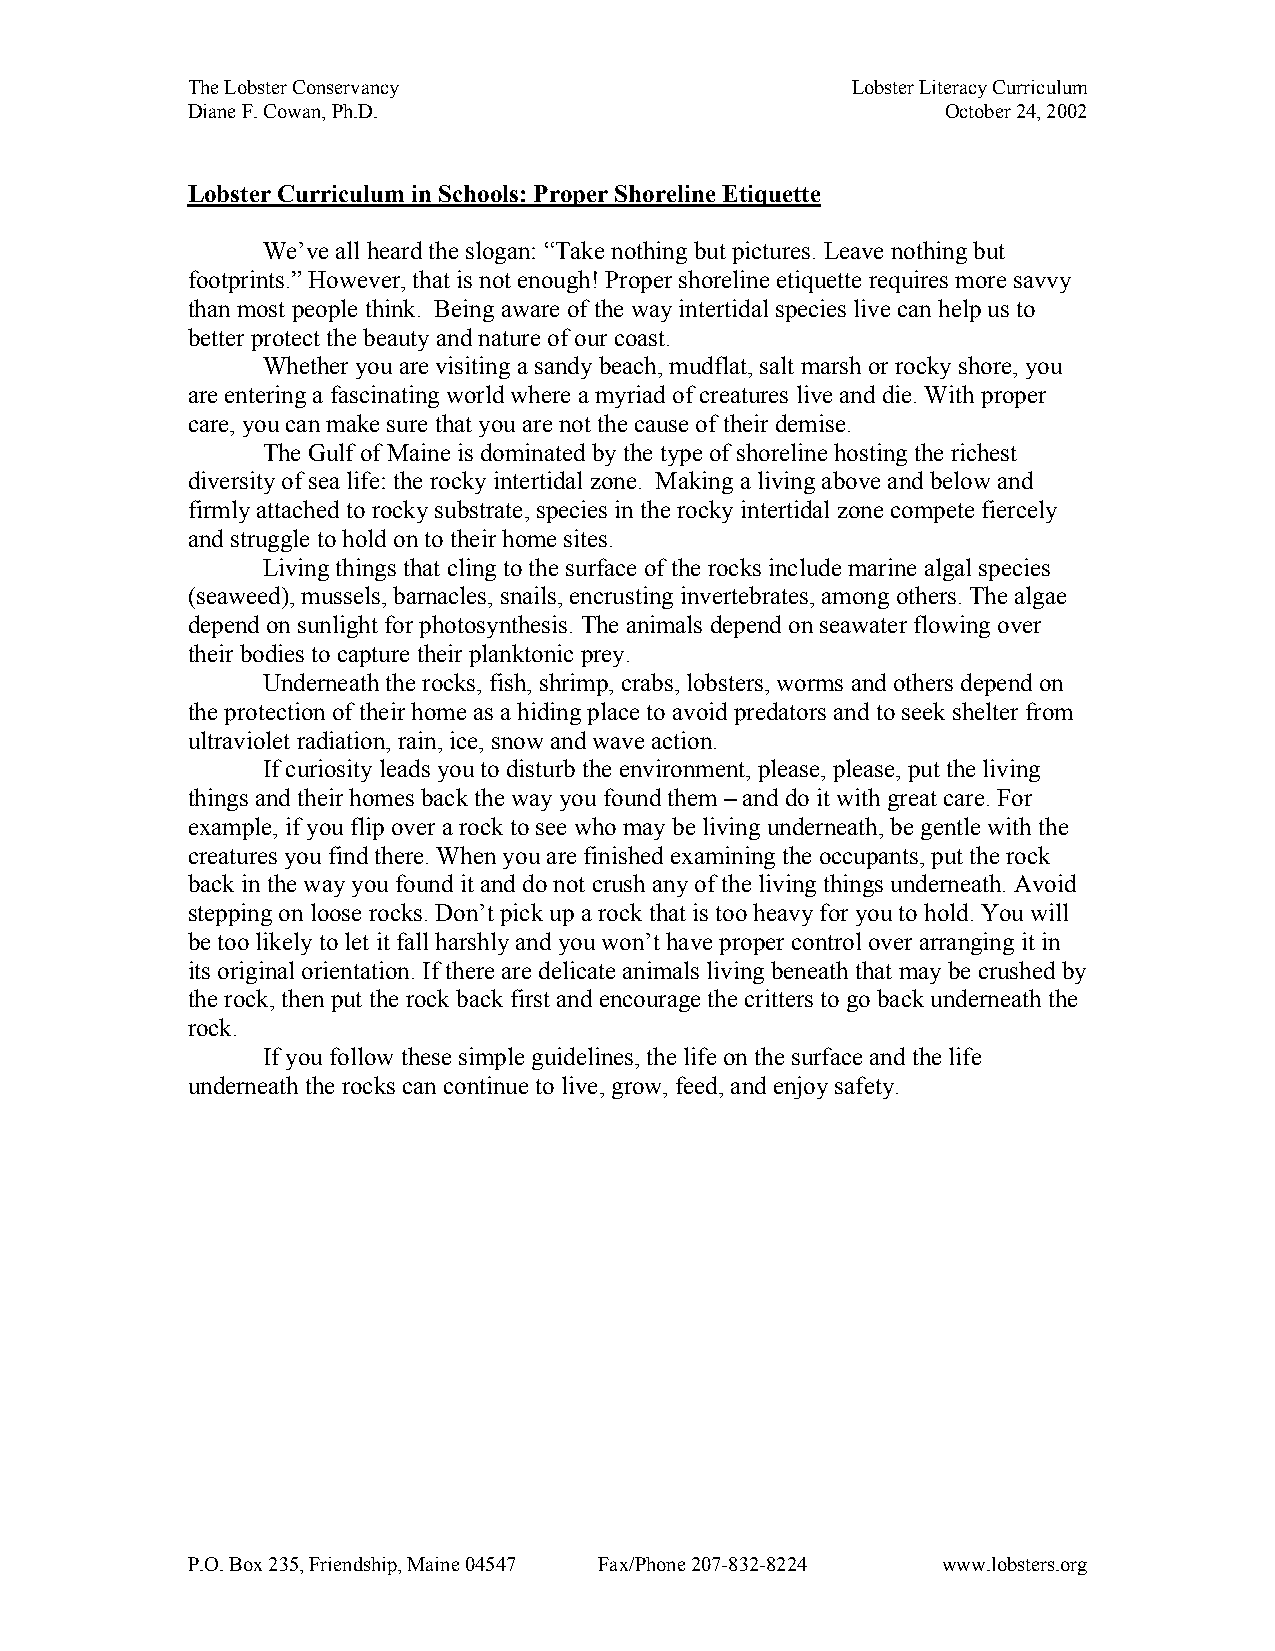
The Lobster Conservancy                     Lobster Literacy Curriculum
 Diane F. Cowan, Ph.D.                              October 24, 2002
 Lobster Curriculum in Schools: Proper Shoreline Etiquette
 We’ve all heard the slogan: “Take nothing but pictures. Leave nothing but
 footprints.” However, that is not enough! Proper shoreline etiquette requires more savvy
 than most people think. Being aware of the way intertidal species live can help us to
 better protect the beauty and nature of our coast.
 Whether you are visiting a sandy beach, mudflat, salt marsh or rocky shore, you
 are entering a fascinating world where a myriad of creatures live and die. With proper
 care, you can make sure that you are not the cause of their demise.
 The Gulf of Maine is dominated by the type of shoreline hosting the richest
 diversity of sea life: the rocky intertidal zone. Making a living above and below and
 firmly attached to rocky substrate, species in the rocky intertidal zone compete fiercely
 and struggle to hold on to their home sites.
 Living things that cling to the surface of the rocks include marine algal species
 (seaweed), mussels, barnacles, snails, encrusting invertebrates, among others. The algae
 depend on sunlight for photosynthesis. The animals depend on seawater flowing over
 their bodies to capture their planktonic prey.
 Underneath the rocks, fish, shrimp, crabs, lobsters, worms and others depend on
 the protection of their home as a hiding place to avoid predators and to seek shelter from
 ultraviolet radiation, rain, ice, snow and wave action.
 If curiosity leads you to disturb the environment, please, please, put the living
 things and their homes back the way you found them – and do it with great care. For
 example, if you flip over a rock to see who may be living underneath, be gentle with the
 creatures you find there. When you are finished examining the occupants, put the rock
 back in the way you found it and do not crush any of the living things underneath. Avoid
 stepping on loose rocks. Don’t pick up a rock that is too heavy for you to hold. You will
 be too likely to let it fall harshly and you won’t have proper control over arranging it in
 its original orientation. If there are delicate animals living beneath that may be crushed by
 the rock, then put the rock back first and encourage the critters to go back underneath the
 rock.
 If you follow these simple guidelines, the life on the surface and the life
 underneath the rocks can continue to live, grow, feed, and enjoy safety.
 P.O. Box 235, Friendship, Maine 04547 Fax/Phone 207-832-8224 www.lobsters.org